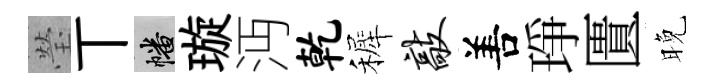
瑩丅幡璇沔乾裤敲𠵊琤匱晚